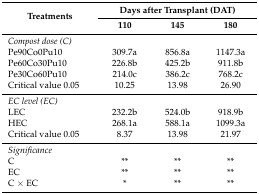
<table><thead><tr><td rowspan="2"><b>Treatments</b></td><td colspan="3"><b>Days after Transplant (DAT)</b></td></tr><tr><td><b>110</b></td><td><b>145</b></td><td><b>180</b></td></tr></thead><tbody><tr><td><i>Compost dose (C)</i></td><td></td><td></td><td></td></tr><tr><td>Pe90Co0Pu10</td><td>309.7a</td><td>856.8a</td><td>1147.3a</td></tr><tr><td>Pe60Co30Pu10</td><td>226.8b</td><td>425.2b</td><td>911.8b</td></tr><tr><td>Pe30Co60Pu10</td><td>214.0c</td><td>386.2c</td><td>768.2c</td></tr><tr><td>Critical value 0.05</td><td>10.25</td><td>13.98</td><td>26.90</td></tr><tr><td><i>EC level (EC)</i></td><td></td><td></td><td></td></tr><tr><td>LEC</td><td>232.2b</td><td>524.0b</td><td>918.9b</td></tr><tr><td>HEC</td><td>268.1a</td><td>588.1a</td><td>1099.3a</td></tr><tr><td>Critical value 0.05</td><td>8.37</td><td>13.98</td><td>21.97</td></tr><tr><td><i>Significance</i></td><td></td><td></td><td></td></tr><tr><td>C</td><td>**</td><td>**</td><td>**</td></tr><tr><td>EC</td><td>**</td><td>**</td><td>**</td></tr><tr><td>C × EC</td><td>*</td><td>**</td><td>**</td></tr></tbody></table>